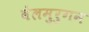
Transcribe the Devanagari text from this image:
वेलमुरुगन